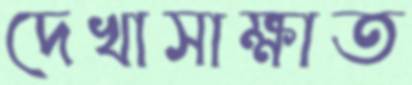
দেখাসাক্ষাত